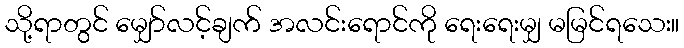
သို့ရာတွင် မျှော်လင့်ချက် အလင်းရောင်ကို ရေးရေးမျှ မမြင်ရသေး။